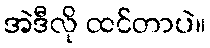
အဲဒီလို ထင်တာပဲ။